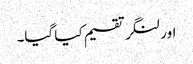
اور لنگر تقسیم کیا گیا۔